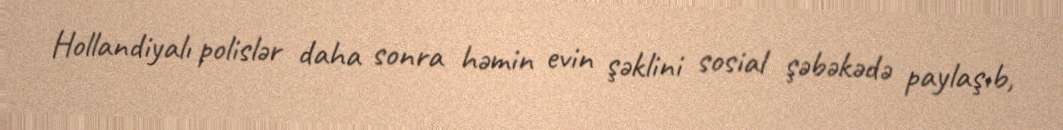
Hollandiyalı polislər daha sonra həmin evin şəklini sosial şəbəkədə paylaşıb,